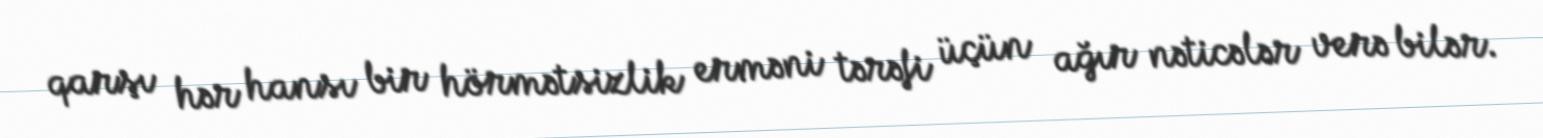
qarşı hər hansı bir hörmətsizlik erməni tərəfi üçün ağır nəticələr verə bilər.